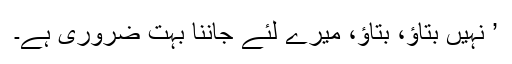
’ نہیں بتاؤ، بتاؤ، میرے لئے جاننا بہت ضروری ہے۔